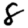
Digit: 8